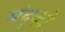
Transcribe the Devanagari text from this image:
बंदूको